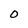
Character: O